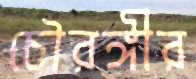
চৌরঙ্গীর